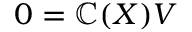
0 = \mathbb { C } ( X ) V